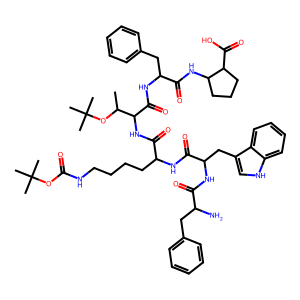
SMILES: CC(OC(C)(C)C)C(NC(=O)C(CCCCNC(=O)OC(C)(C)C)NC(=O)C(Cc1c[nH]c2ccccc12)NC(=O)C(N)Cc1ccccc1)C(=O)NC(Cc1ccccc1)C(=O)NC1CCCC1C(=O)O
Inhibits HIV replication: No